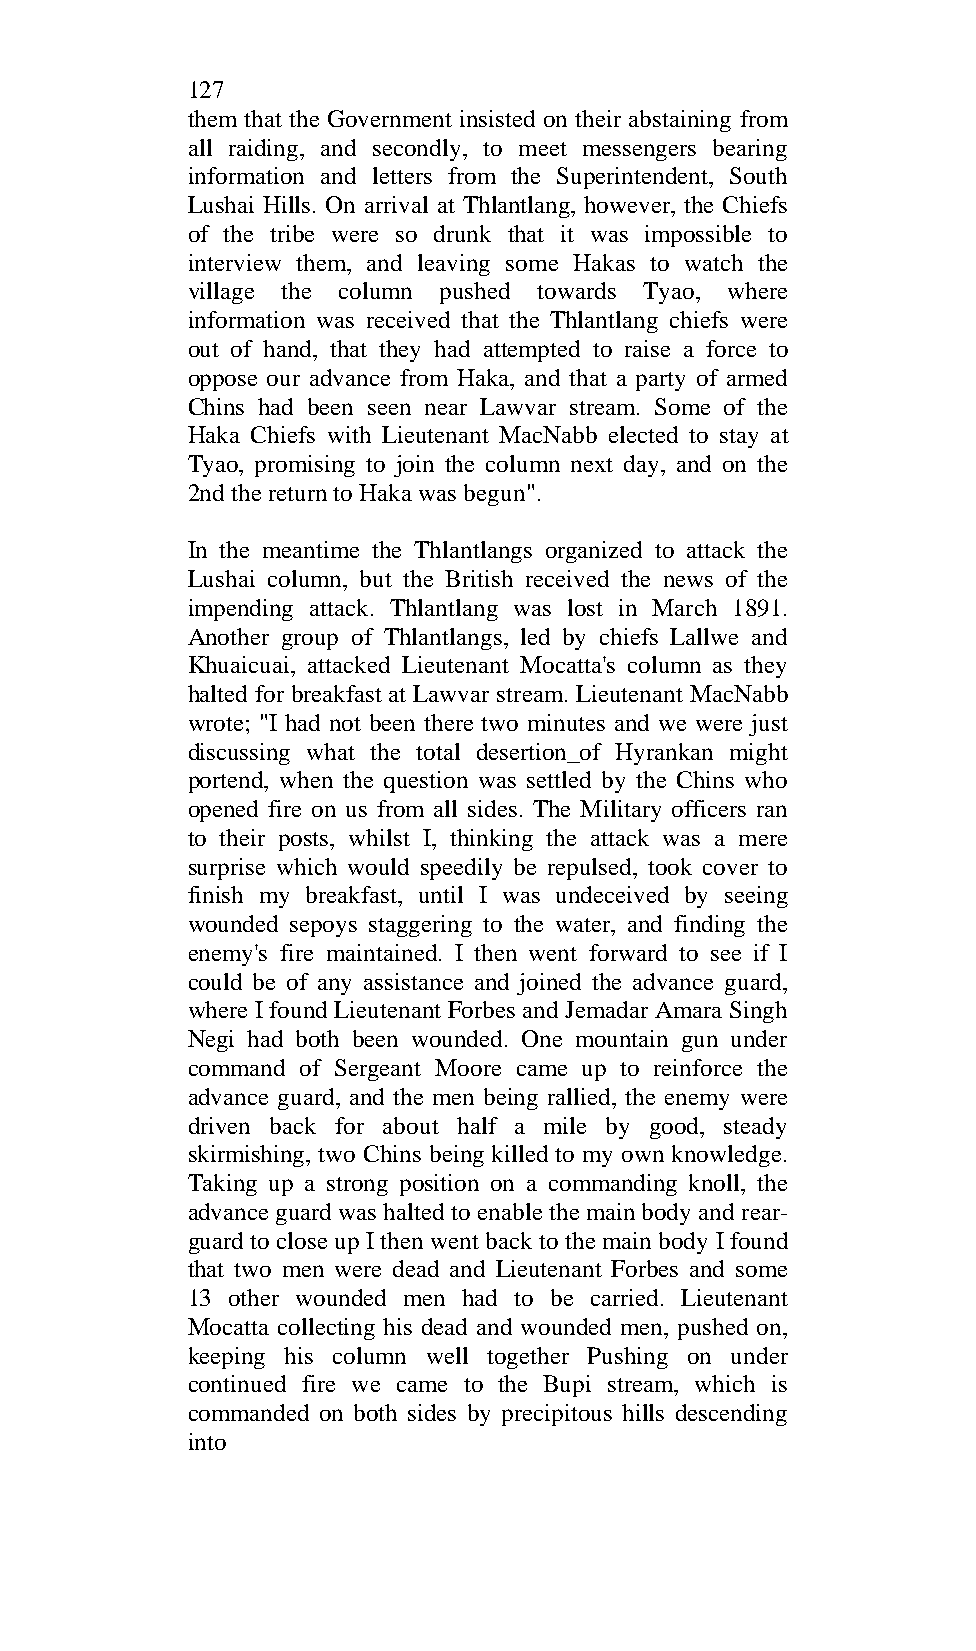
127
 them that the Government insisted on their abstaining from
 all raiding, and secondly, to meet messengers bearing
 information and letters from the Superintendent, South
 Lushai Hills. On arrival at Thlantlang, however, the Chiefs
 of the tribe were so drunk that it was impossible to
 interview them, and leaving some Hakas to watch the
 village the column pushed towards Tyao, where
 information was received that the Thlantlang chiefs were
 out of hand, that they had attempted to raise a force to
 oppose our advance from Haka, and that a party of armed
 Chins had been seen near Lawvar stream. Some of the
 Haka Chiefs with Lieutenant MacNabb elected to stay at
 Tyao, promising to join the column next day, and on the
 2nd the return to Haka was begun".
 In the meantime the Thlantlangs organized to attack the
 Lushai column, but the British received the news of the
 impending attack. Thlantlang was lost in March 1891.
 Another group of Thlantlangs, led by chiefs Lallwe and
 Khuaicuai, attacked Lieutenant Mocatta's column as they
 halted for breakfast at Lawvar stream. Lieutenant MacNabb
 wrote; "I had not been there two minutes and we were just
 discussing what the total desertion_of Hyrankan might
 portend, when the question was settled by the Chins who
 opened fire on us from all sides. The Military officers ran
 to their posts, whilst I, thinking the attack was a mere
 surprise which would speedily be repulsed, took cover to
 finish my breakfast, until I was undeceived by seeing
 wounded sepoys staggering to the water, and finding the
 enemy's fire maintained. I then went forward to see if I
 could be of any assistance and joined the advance guard,
 where I found Lieutenant Forbes and Jemadar Amara Singh
 Negi had both been wounded. One mountain gun under
 command of Sergeant Moore came up to reinforce the
 advance guard, and the men being rallied, the enemy were
 driven back for about half a mile by good, steady
 skirmishing, two Chins being killed to my own knowledge.
 Taking up a strong position on a commanding knoll, the
 advance guard was halted to enable the main body and rear-
 guard to close up I then went back to the main body I found
 that two men were dead and Lieutenant Forbes and some
 13 other wounded men had to be carried. Lieutenant
 Mocatta collecting his dead and wounded men, pushed on,
 keeping his column well together Pushing on under
 continued fire we came to the Bupi stream, which is
 commanded on both sides by precipitous hills descending
 into